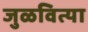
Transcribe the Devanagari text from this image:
जुळवित्या